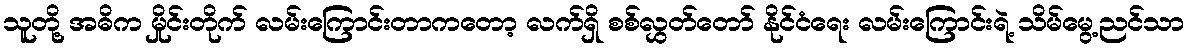
သူတို့ အဓိက မှိုင်းတိုက် လမ်းကြောင်းတာကတော့ လက်ရှိ စစ်လွှတ်တော် နိုင်ငံရေး လမ်းကြောင်းရဲ့ သိမ်မွေ့ညင်သာ